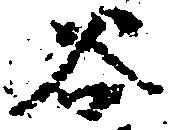
谷